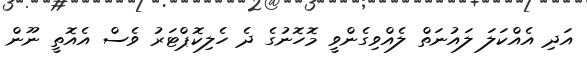
އަދި އެއްކަލަ ލައުނަތް ލެއްވިގެންވީ މޮހޮނުގެ ދެ ހެލިކޮޕްޓަރު ވެސް އެއޮތީ ނޫން